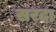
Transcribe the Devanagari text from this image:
सरदा